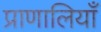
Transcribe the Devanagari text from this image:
प्राणालियाँ